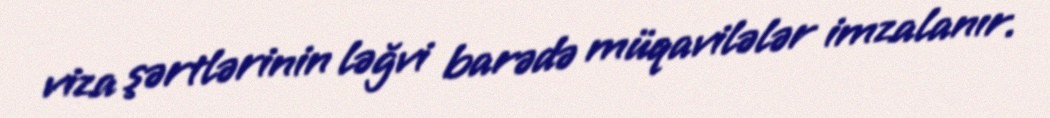
viza şərtlərinin ləğvi barədə müqavilələr imzalanır.